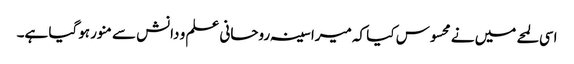
اسی لمحے میں نے محسوس کیا کہ میرا سینہ روحانی علم و دانش سے منور ہوگیا ہے۔